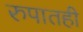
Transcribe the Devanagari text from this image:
रुपातही